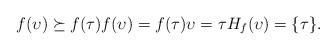
LaTeX: \begin{align*}f(\upsilon)\succeq f(\tau) f(\upsilon)=f(\tau) \upsilon=\tau H_f(\upsilon)=\{\tau\}.\end{align*}